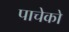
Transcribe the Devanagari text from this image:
पाचेको